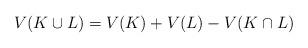
LaTeX: \begin{align*} V(K \cup L) = V(K) + V(L) - V(K\cap L)\end{align*}